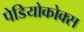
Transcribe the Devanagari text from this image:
पेडियोकोक्स